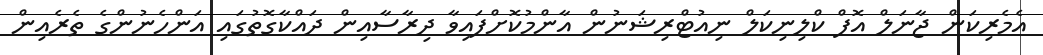
އެމެރިކަން ޖާނަލް އޮފް ކްލިނިކަލް ނިއުޓްރިޝަނުން އާންމުކޮށްފައިވާ ދިރާސާއިން ދައްކާގޮތުގައި އަންހެނުންގެ ތެރެއިން